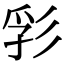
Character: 𢒒